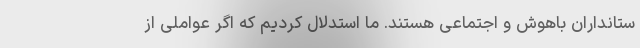
ستانداران باهوش و اجتماعی هستند. ما استدلال کردیم که اگر عواملی از